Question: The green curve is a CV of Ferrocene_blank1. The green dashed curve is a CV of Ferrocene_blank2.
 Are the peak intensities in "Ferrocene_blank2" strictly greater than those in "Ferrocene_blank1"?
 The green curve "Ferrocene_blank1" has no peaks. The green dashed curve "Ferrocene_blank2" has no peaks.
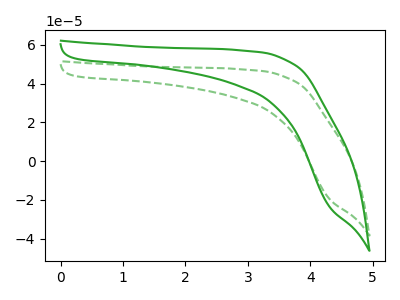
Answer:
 <answer>Niether CV has any peaks.</answer>
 <eval>blanks</eval>